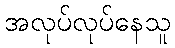
အလုပ်လုပ်နေသူ